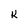
Character: k